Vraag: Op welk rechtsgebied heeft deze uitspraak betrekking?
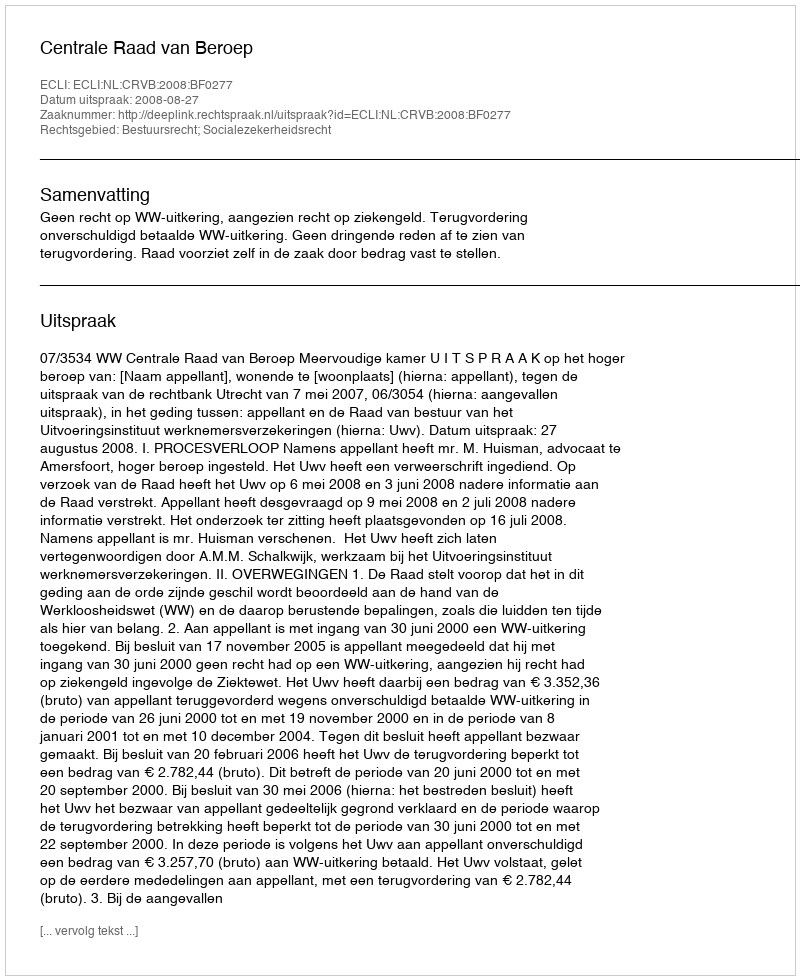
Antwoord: Bestuursrecht; Socialezekerheidsrecht